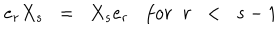
LaTeX: e _ { r } X _ { s } \; \; = \; \; X _ { s } e _ { r } f o r \; \; r \; \; < \; \; s - 1